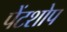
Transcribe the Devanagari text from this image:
पेंटशोप